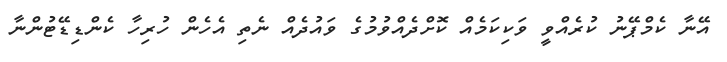
އޭނާ ކެމްޕޭނު ކުރެއްވީ ވަކިކަމެއް ކޮށްދެއްވުމުގެ ވައުދެއް ނެތި އެހެން ހުރިހާ ކެންޑިޑޭޓުންނާ